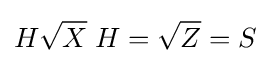
H{\sqrt {X}}\;H={\sqrt {Z}}=S